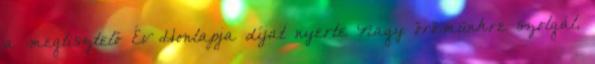
a megtisztelő Év Honlapja díjat nyerte Nagy örömünkre szolgál,